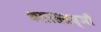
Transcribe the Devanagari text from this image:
कलासम्रज्ञी